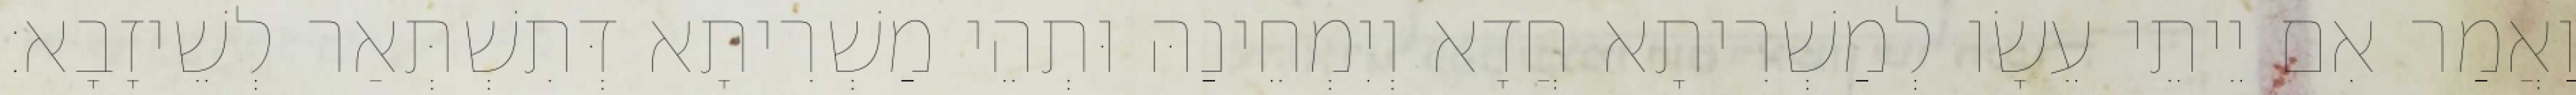
וַאֲמַר אִם יֵיתֵי עֵשָׂו לְמַשְׁרִיתָא חֲדָא וְיִמְחֵינַהּ וּתְהֵי מַשְׁרִיתָא דְּתִשְׁתְּאַר לְשֵׁיזָבָא׃